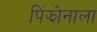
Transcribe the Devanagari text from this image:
पिंझोनाला